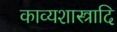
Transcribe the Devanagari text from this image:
काव्यशास्त्रादि